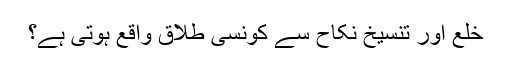
خلع اور تنسیخ نکاح سے کونسی طلاق واقع ہوتی ہے؟